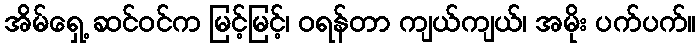
အိမ်ရှေ့ ဆင်ဝင်က မြင့်မြင့်၊ ဝရန်တာ ကျယ်ကျယ်၊ အမိုး ပက်ပက်။